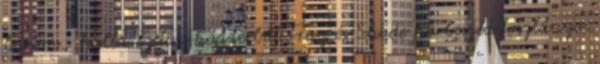
barom.- hallatszik a háttérből Freez és Shade párbeszéd foszlánya.